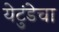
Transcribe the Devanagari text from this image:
येटुंडेचा